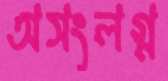
অসংলগ্ন